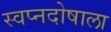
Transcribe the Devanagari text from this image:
स्वप्नदोषाला